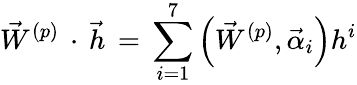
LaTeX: {\vec{W}}^{(p)}\, \cdot\, {\vec{h}}\, =\, \sum_{i=1}^{7}\left({\vec{W}}^{(p)},{\vec{\alpha}_{i}}\right)h^{i}